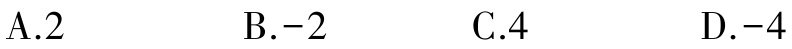
A.2 \qquad B.-2 \qquad C.4 \qquad D.-4